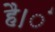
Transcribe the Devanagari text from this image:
है।ं